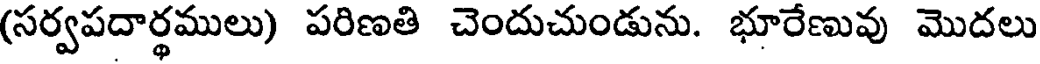
(సర్వపదార్థములు) పరిణతి చెందుచుండును. భూరేణువు మొదలు